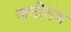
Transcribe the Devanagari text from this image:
जटीतंत्र